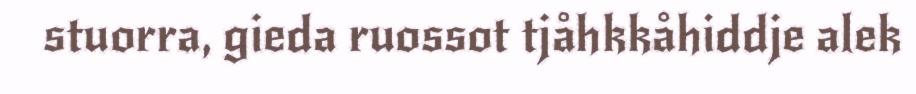
stuorra, gieda ruossot tjåhkkåhiddje alek